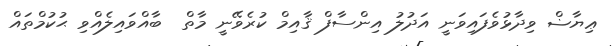
ޢިޔާޟް ވިދާޅުވެފައިވަނީ އަދުލު އިންސާފް ޤާއިމް ކުރެވޭނީ މާތް  ބާއްވައިލެއްވި ޙުކުމްތައް